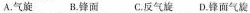
A. 气旋 B. 锋面 C. 反气旋 D. 锋面气旋